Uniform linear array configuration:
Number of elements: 4
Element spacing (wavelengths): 0.5
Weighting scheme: binomial
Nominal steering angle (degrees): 0
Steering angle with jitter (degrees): -0.4902
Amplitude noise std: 0.05
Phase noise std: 0.05

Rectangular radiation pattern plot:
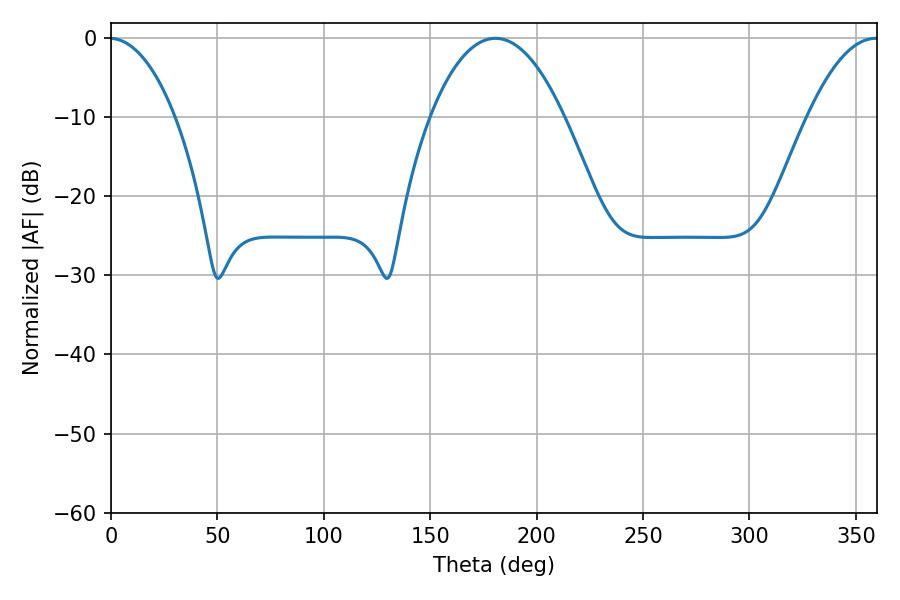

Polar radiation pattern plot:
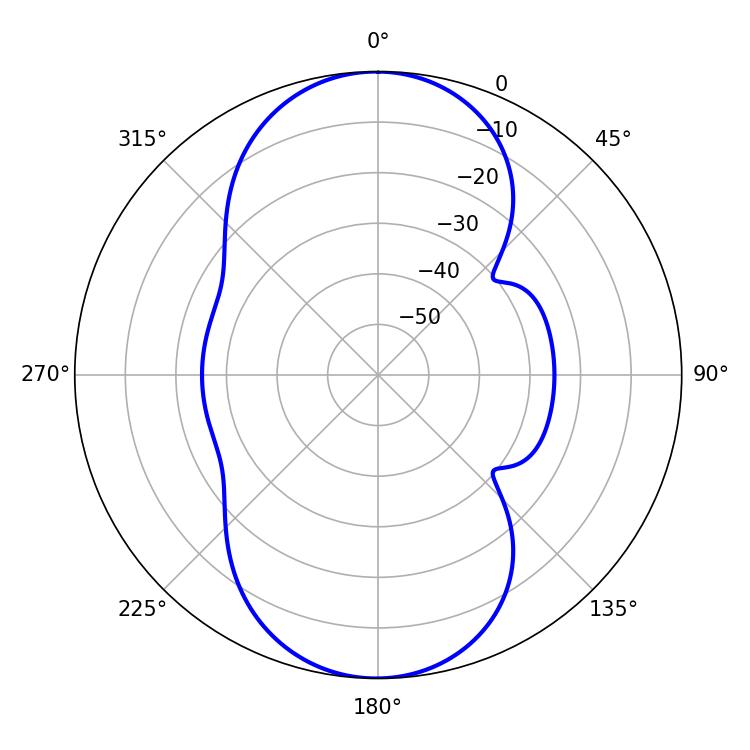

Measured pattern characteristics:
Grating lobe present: FALSE
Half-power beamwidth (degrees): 34.92
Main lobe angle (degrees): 180.72